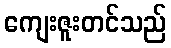
ကျေးဇူးတင်သည်